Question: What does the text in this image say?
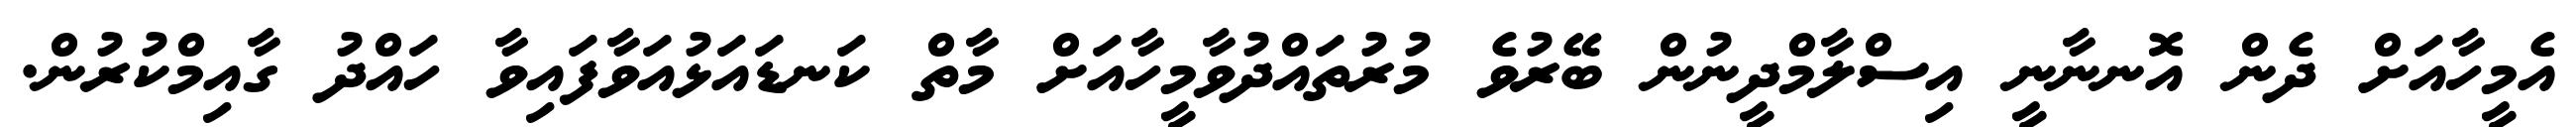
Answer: އެމީހާއަށް ދެން އޮނނާނީ އިސްލާމްދީނުން ބޭރުވެ މުރުތައްދުވާމީހާއަށް މާތް ކަނޑައަޅުއަވާފައިވާ ހައްދު ގާއިމްކުރުން.